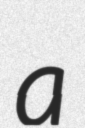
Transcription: a